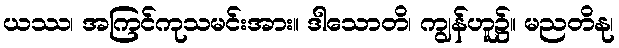
ယဿ၊ အကြင်ကုသမင်းအား။ ဒါသောတိ၊ ကျွန်ဟူ၌။ မညတိနု၊